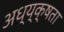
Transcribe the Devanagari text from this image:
अध्य्क्षता